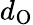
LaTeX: d_{\mathrm{O}}